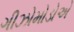
ગીઝોમોડોએ